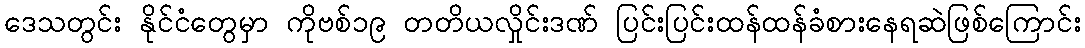
ဒေသတွင်း နိုင်ငံတွေမှာ ကိုဗစ်၁၉ တတိယလှိုင်းဒဏ် ပြင်းပြင်းထန်ထန်ခံစားနေရဆဲဖြစ်ကြောင်း